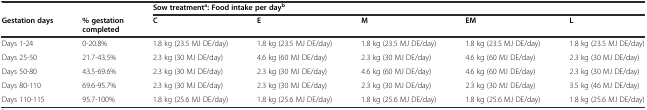
<table><thead><tr><td></td><td></td><td colspan="5"><b>Sow treatment<sup>a</sup>: Food intake per day<sup>b</sup></b></td></tr><tr><td><b>Gestation days</b></td><td><b>% gestation completed</b></td><td><b>C</b></td><td><b>E</b></td><td><b>M</b></td><td><b>EM</b></td><td><b>L</b></td></tr></thead><tbody><tr><td>Days 1-24</td><td>0-20.8%</td><td>1.8 kg (23.5 MJ DE/day)</td><td>1.8 kg (23.5 MJ DE/day)</td><td>1.8 kg (23.5 MJ DE/day)</td><td>1.8 kg (23.5 MJ DE/day)</td><td>1.8 kg (23.5 MJ DE/day)</td></tr><tr><td>Days 25-50</td><td>21.7-43.5%</td><td>2.3 kg (30 MJ DE/day)</td><td>4.6 kg (60 MJ DE/day)</td><td>2.3 kg (30 MJ DE/day)</td><td>4.6 kg (60 MJ DE/day)</td><td>2.3 kg (30 MJ DE/day)</td></tr><tr><td>Days 50-80</td><td>43.5-69.6%</td><td>2.3 kg (30 MJ DE/day)</td><td>2.3 kg (30 MJ DE/day)</td><td>4.6 kg (60 MJ DE/day)</td><td>4.6 kg (60 MJ DE/day)</td><td>2.3 kg (30 MJ DE/day)</td></tr><tr><td>Days 80-110</td><td>69.6-95.7%</td><td>2.3 kg (30 MJ DE/day)</td><td>2.3 kg (30 MJ DE/day)</td><td>2.3 kg (30 MJ DE/day)</td><td>2.3 kg (30 MJ DE/day)</td><td>3.5 kg (46 MJ DE/day)</td></tr><tr><td>Days 110-115</td><td>95.7-100%</td><td>1.8 kg (25.6 MJ DE/day)</td><td>1.8 kg (25.6 MJ DE/day)</td><td>1.8 kg (25.6 MJ DE/day)</td><td>1.8 kg (25.6 MJ DE/day)</td><td>1.8 kg (25.6 MJ DE/day)</td></tr></tbody></table>